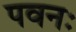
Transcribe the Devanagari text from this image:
पवनः